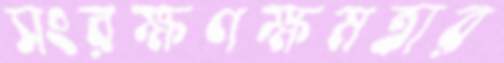
সংরক্ষণক্ষমতার